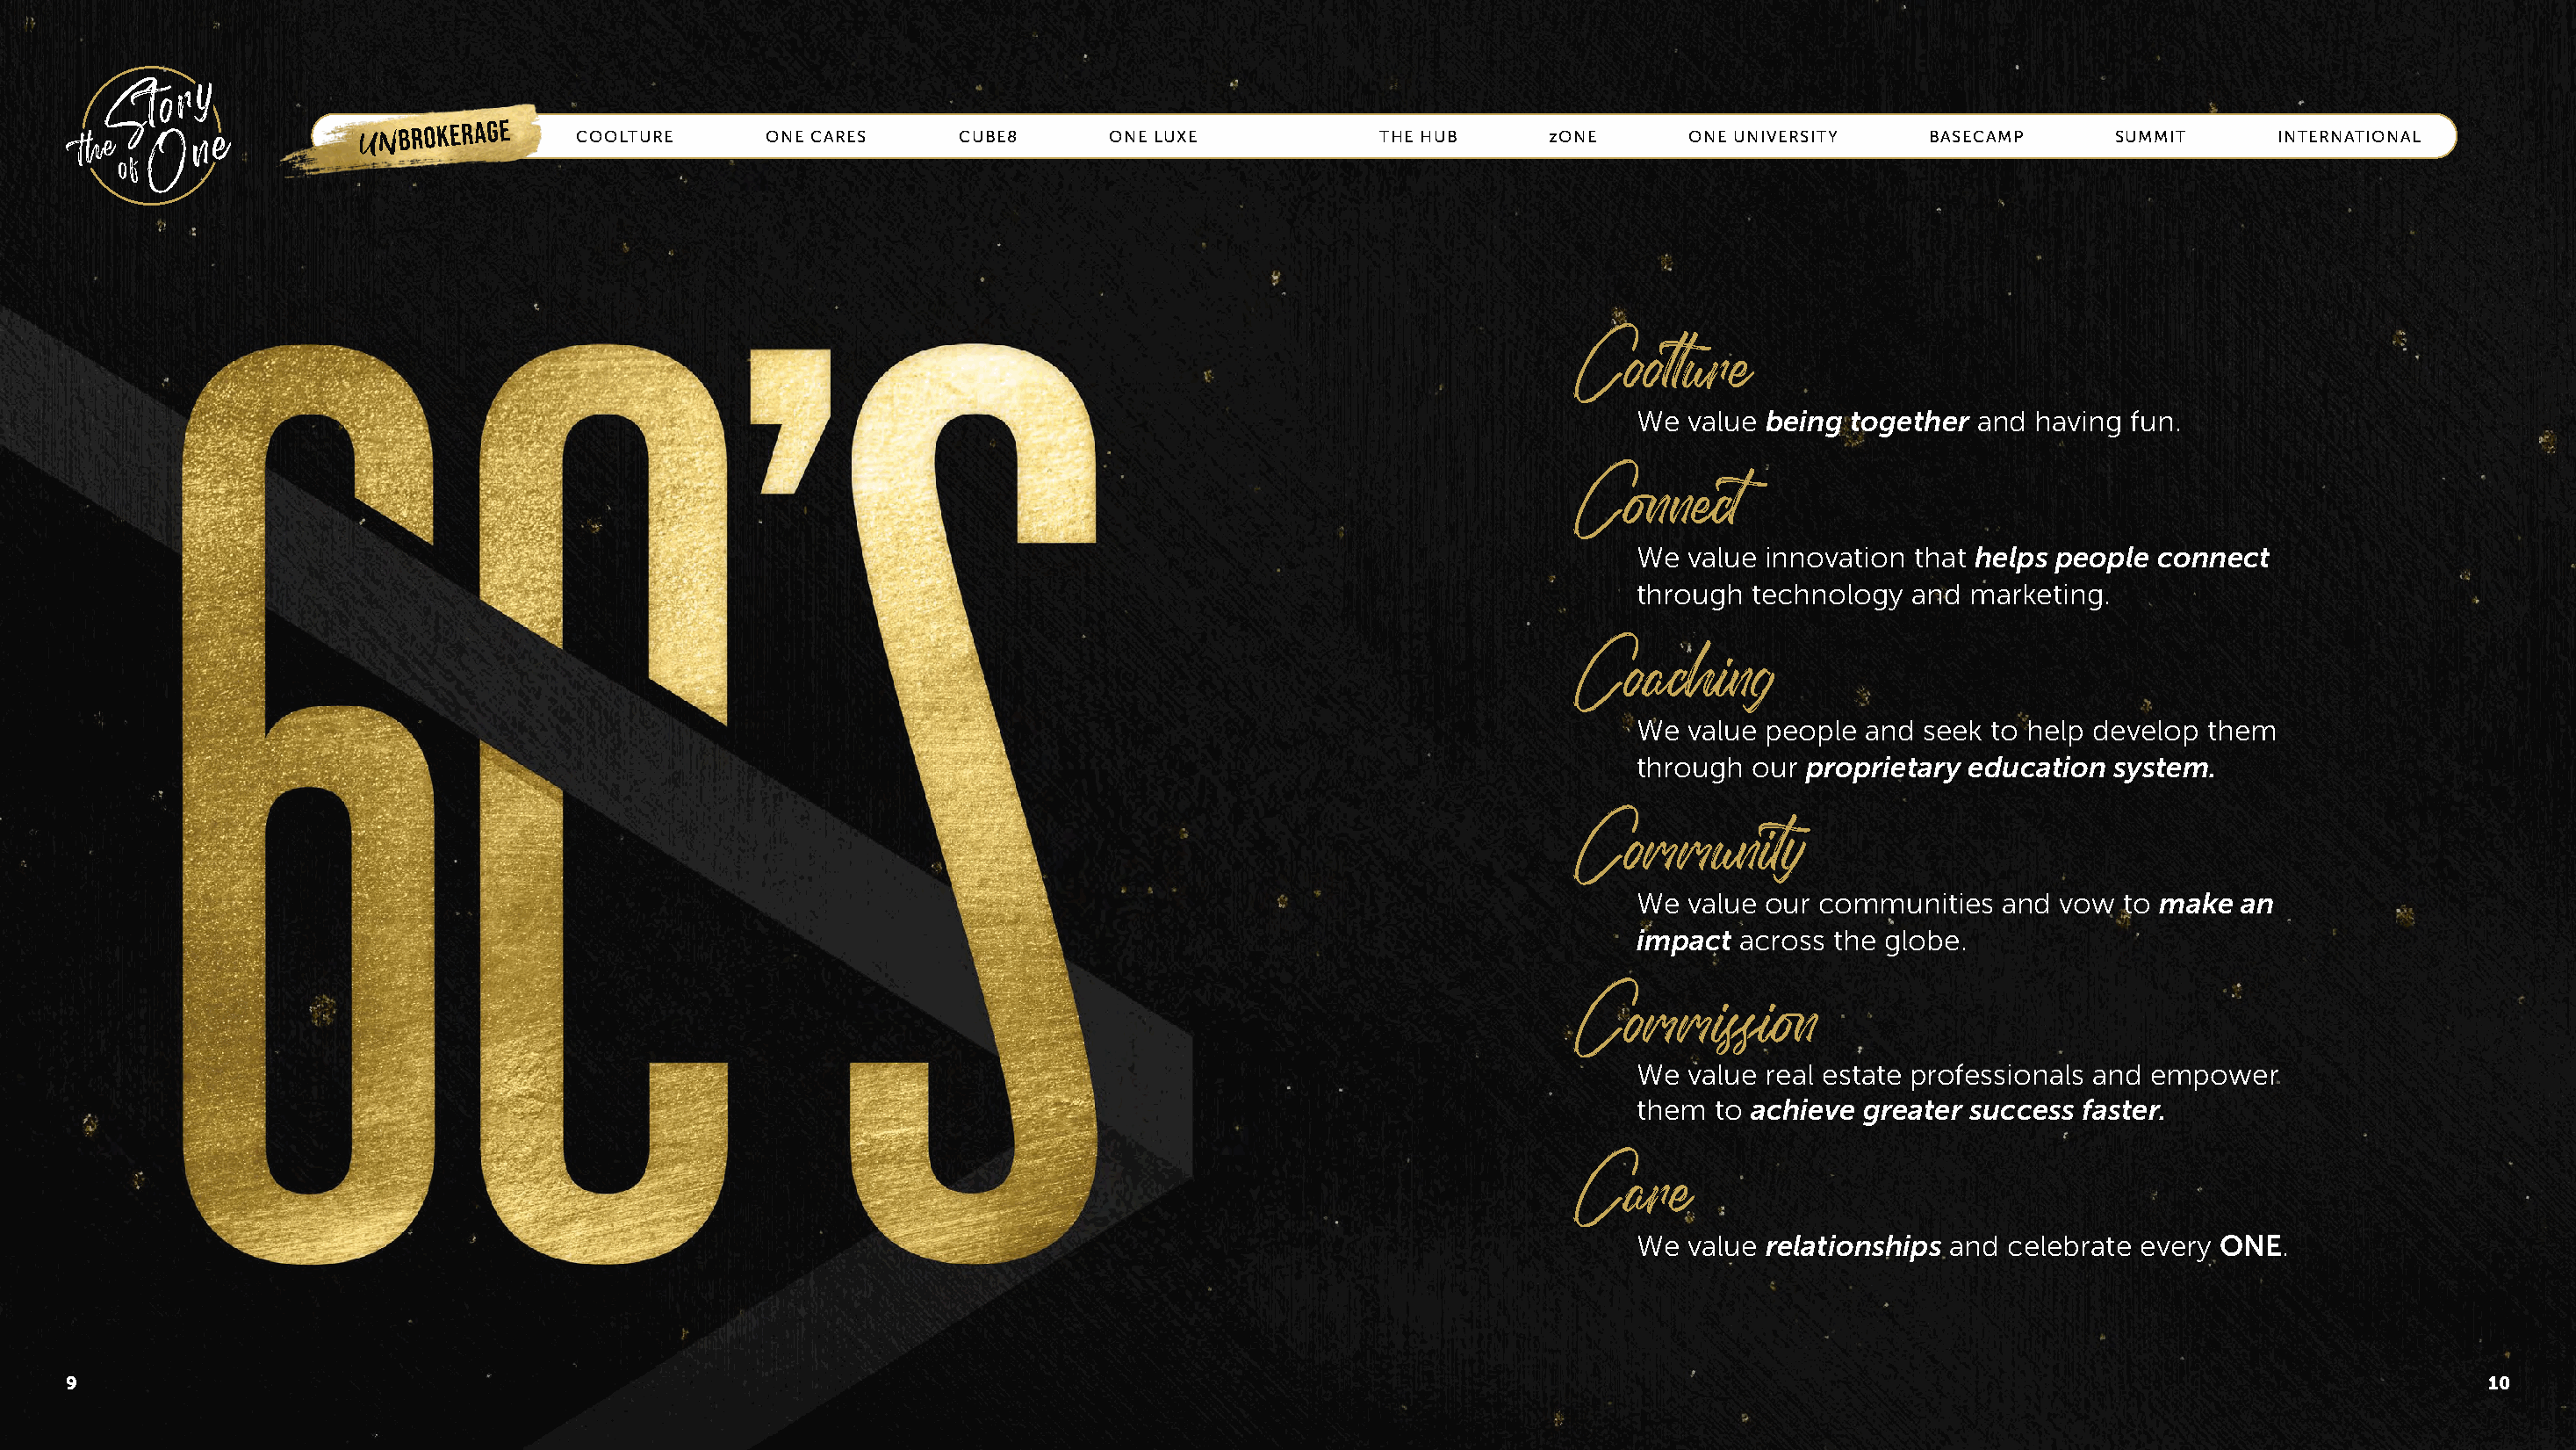
UNBROKERAGE      COOLTURE       ONE CARES     CUBE8       ONE LUXE            THE HUB      zONE      ONE UNIVERSITY    BASECAMP       SUMMIT      INTERNATIONAL
 Coolture
 We  value being together  and having  fun.
 Connect
 We  value innovation that helps people  connect
 through  technology  and marketing.
 Coaching
 We  value people  and seek to help develop them
 through  our proprietary education  system.
 Community
 We  value our communities   and vow  to make  an
 impact  across the globe.
 Commission
 We  value real estate professionals and empower
 them  to achieve greater success  faster.
 Care
 We  value relationships and celebrate every ONE.
 9                                                                                                                                                                                      10